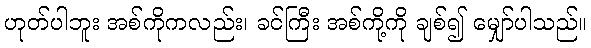
ဟုတ်ပါဘူး အစ်ကိုကလည်း၊ ခင်ကြီး အစ်ကို့ကို ချစ်၍ မျှော်ပါသည်။